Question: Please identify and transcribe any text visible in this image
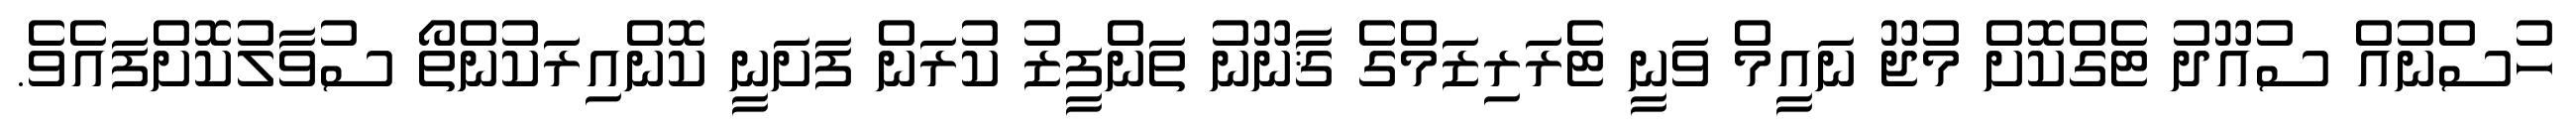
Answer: ހުސްނުއް ސުއޫދު ޓެގްކޮށް މުޖޫ ނައީމް ވަނީ ޓެރަރިޒަމްގެ ޤާނޫނު ތަންފީޒު ކުރަން ފަށަނީ ކޮންއިރަކުންތޯ ސުވާލުކޮށްފައެވެ.